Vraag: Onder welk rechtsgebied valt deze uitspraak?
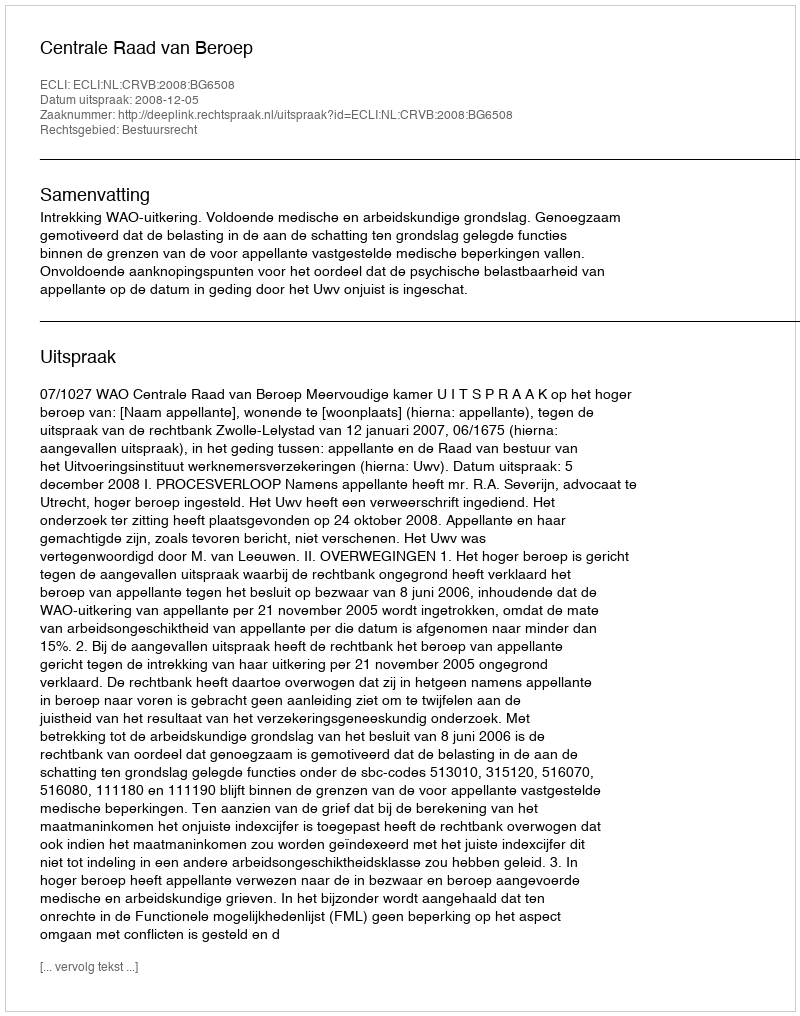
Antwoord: Bestuursrecht